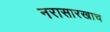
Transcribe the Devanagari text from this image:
नरासारखाच